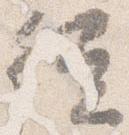
従